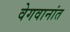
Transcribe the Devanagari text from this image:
वेगवानांत